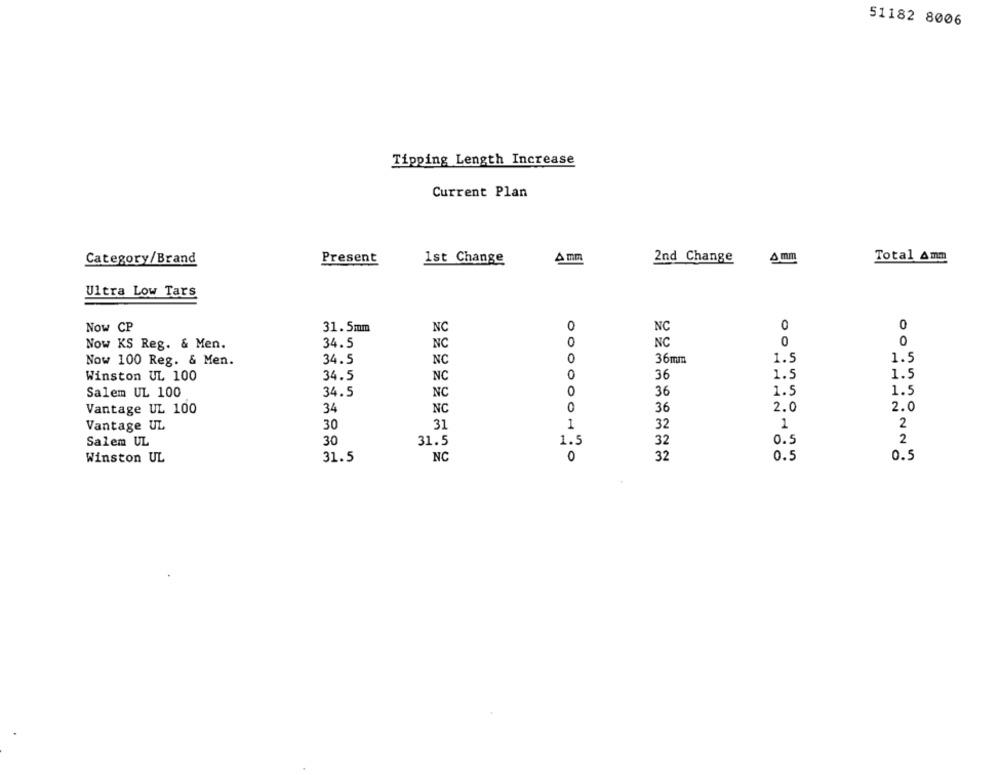
51182 8006
Tipping Length Increase
Current Plan
4 mm
Category/Brand
Present
1st Change
A mm
2nd Change
Total Amm
Ultra Low Tars
0
0
Now CP
31.5mm
NC
NC
0
0
Now KS Reg. & Men.
34.5
NC
NC
Now 100 Reg. & Men.
34.5
NC
36mm
1.5
1.
Winston UL 100
34.5
NC
0
36
1.5
1 ..
Salem UL 100
34.5
NC
0
36
1.5
1.5
Vantage UL 100
34
NC
0
36
2.0
2.0
Vantage UL
30
31
1
32
1
2
Salem UL
30
31.5
1.5
32
0.5
2
31.5
NC
0
32
0.5
0.5
Winston UL